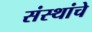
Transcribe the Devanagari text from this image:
संस्‍थांचे